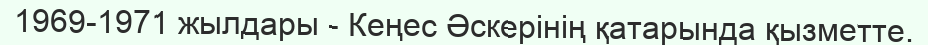
1969-1971 жылдары - Кеңес Әскерінің қатарында қызметте.